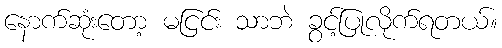
နောက်ဆုံးတော့ မငြင်း သာဘဲ ခွင့်ပြုလိုက်ရတယ်။